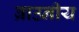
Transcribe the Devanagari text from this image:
ब्राउनीय